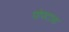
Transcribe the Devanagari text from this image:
पोपटाचा